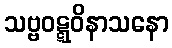
သဗ္ဗဝဋ္ဋဝိနာသနော